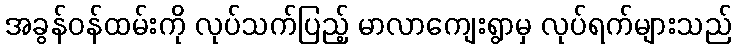
အခွန်ဝန်ထမ်းကို လုပ်သက်ပြည့် မာလာကျေးရွာမှ လုပ်ရက်များသည်